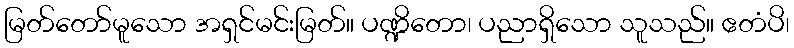
မြတ်တော်မူသော အရှင်မင်းမြတ်။ ပဏ္ဍိတော၊ ပညာရှိသော သူသည်။ ဧတံပိ၊